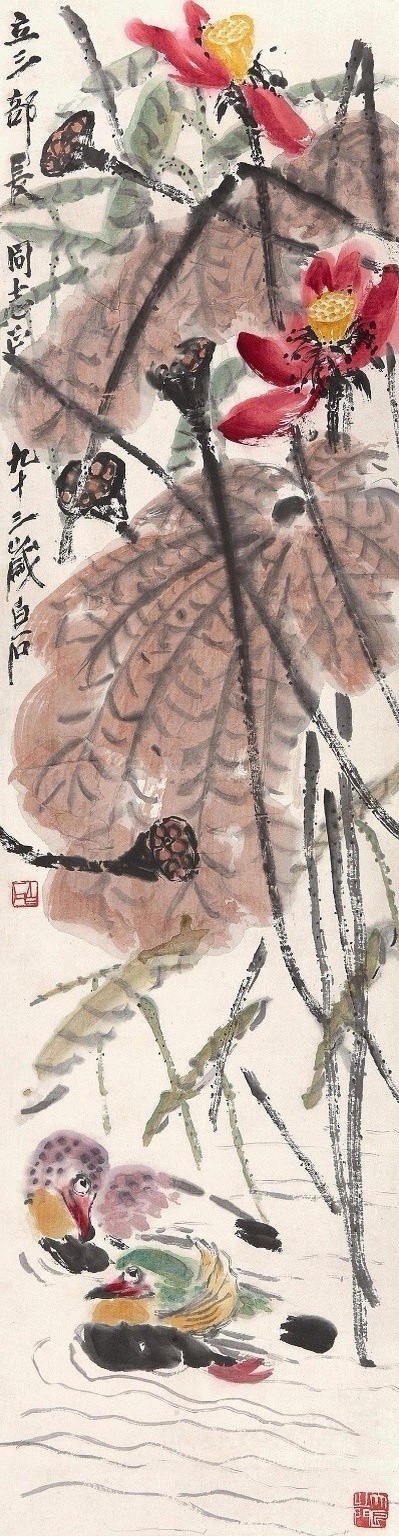
庭前落尽梧桐，水边开彻芙蓉。